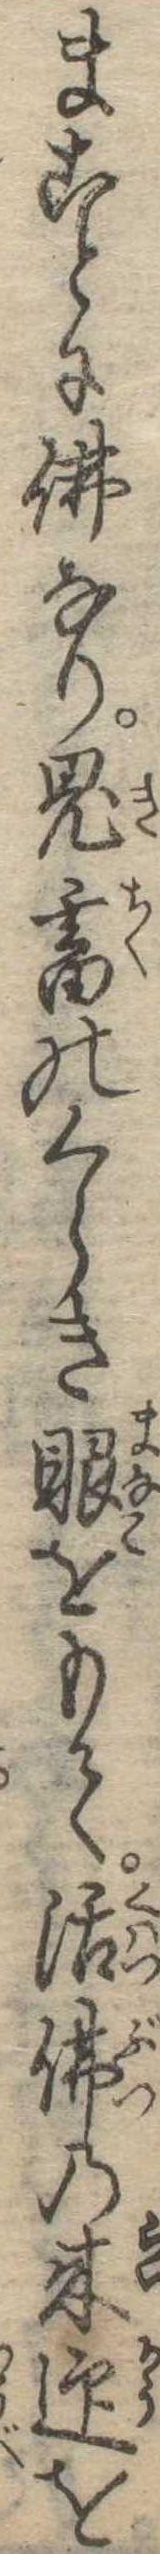
まことに仏なり鬼畜のくらき眼をもて活仏の来迎を